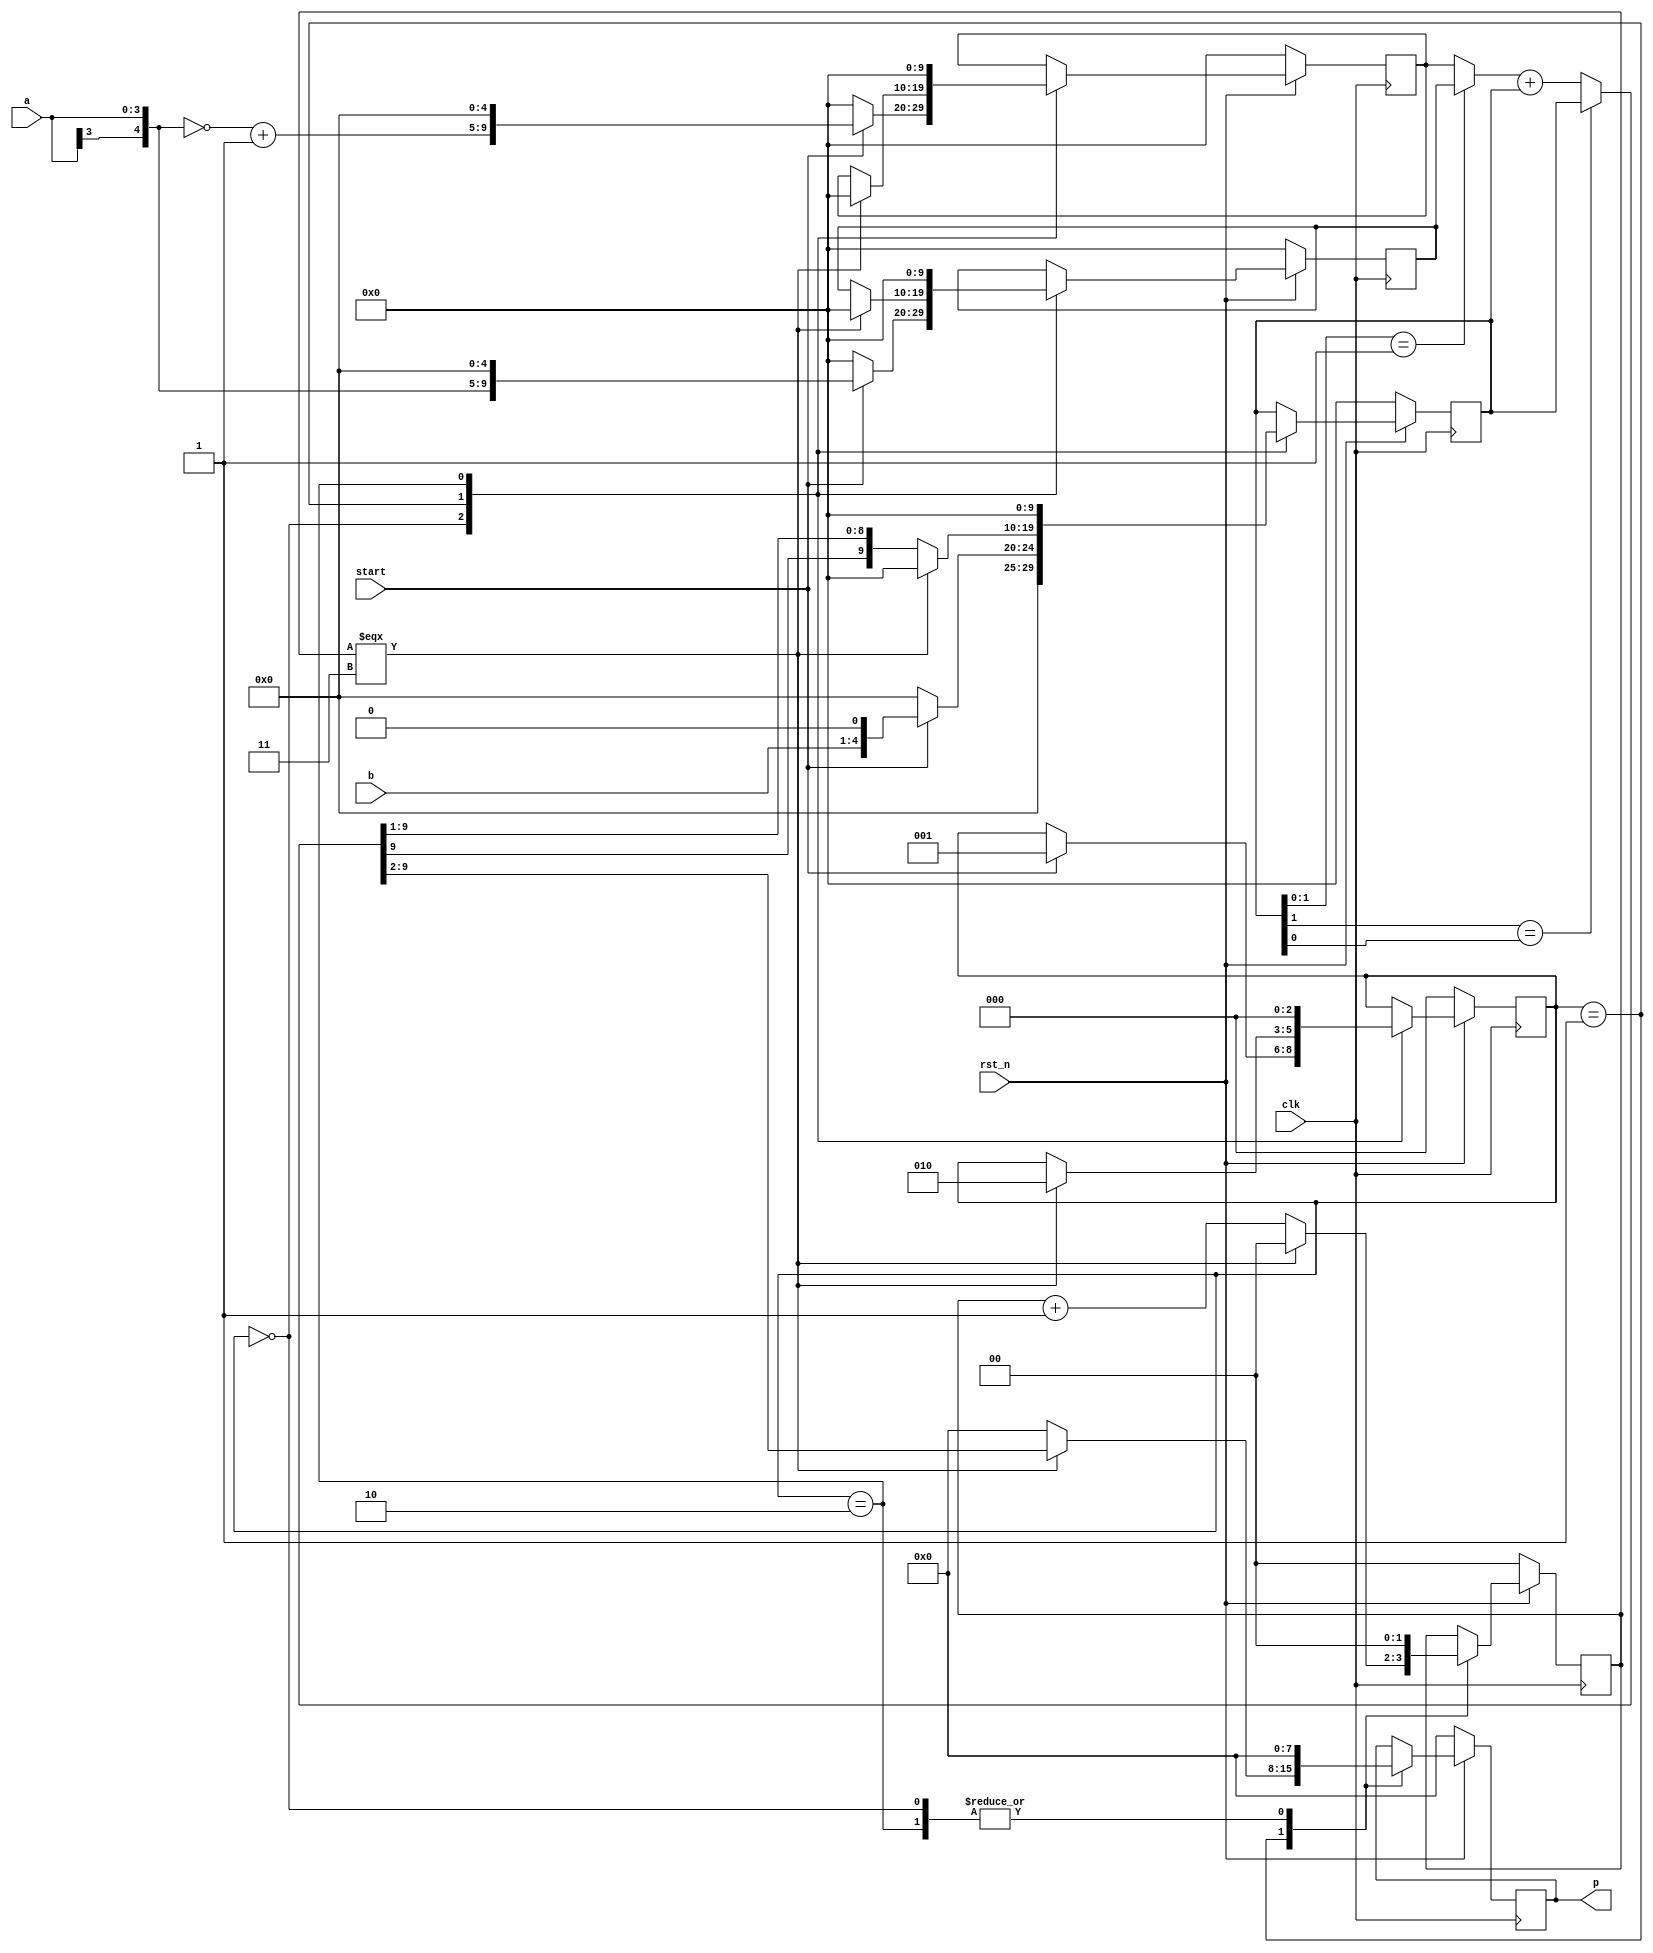
`timescale 1ns/1ps 

module Booth_Multiplier_4bit(
	input clk,
	input rst_n,
	input start,
	input signed [3:0] a,
	input signed [3:0] b,
	output reg signed [7:0] p
	//,output [9:0] debug // DEBUG purpose
	);
    
	parameter
	WAIT = 2'b00,
	CAL = 2'b01,
	FINISH = 2'b10;
    
    parameter m = 10;
    
	reg [8-1:0] next_p;
    
	reg [3-1:0] state;
	reg [3-1:0] next_state;
	
	reg [m-1:0] calc;
	reg [m-1:0] next_calc;
	
	reg [m-1:0] a_pos, a_neg;
	reg [m-1:0] next_a_pos, next_a_neg;
	
	reg [2-1:0] cyc;
	reg [2-1:0] next_cyc;
	
    //assign debug[m-1:0] = calc[m-1:0]; // DEBUG 
    
	always@(posedge clk)begin
		if(rst_n == 1'b0)begin
			state <= WAIT;
			p <= 8'd0;
			calc <= 8'd0;
			a_pos <= 10'd0;
			a_neg <= 10'd0;
			cyc <= 2'd0;
		end else begin
			state <= next_state;
			p <= next_p;
			calc <= next_calc;
			a_pos <= next_a_pos;
			a_neg <= next_a_neg;
			cyc <= next_cyc;
		end
	end
    
	wire [1:0] LSB_calc;

	wire [m-1:0] next_a_posneg, next_calc_unshifted, next_calc_shifted;
	assign next_a_posneg = (calc[1:0] == 2'b01) ? (a_pos) : (a_neg);
	assign next_calc_unshifted = (calc[1] == calc[0])? (calc) : (next_a_posneg + calc);
	assign next_calc_shifted = {next_calc_unshifted[m-1], next_calc_unshifted[m-1:1]};
    
	wire [4:0]a_5bits, neg_a_5bits;
	assign a_5bits = {a[3], a[3:0]};
	assign neg_a_5bits = (~(a_5bits)) + 5'b00001;
	
	always @(*)begin
		case(state)
		WAIT:begin
			if(start)begin 
				next_state = CAL;
				next_p = 8'd0;
				next_calc = {5'b0000, b, 1'b0};
				next_a_pos = {a_5bits, 5'b00000};
				next_a_neg = {neg_a_5bits, 5'b00000};
				next_cyc = 2'd0;
			end else begin
				next_state = state;
				next_p = 8'd0;
				next_calc = 10'd0;
				next_a_pos = 10'd0;
				next_a_neg = 10'd0;
				next_cyc = 2'd0;
			end
		end
		CAL:begin
			if(cyc === 2'd3)begin
				next_state = FINISH;
				next_p = next_calc_shifted[8:1];
				next_a_pos = 10'd0;
				next_a_neg = 10'd0;
				next_cyc = 2'd0;
				next_calc = 10'd0;
			end else begin
				next_state = state;
				next_p = 8'd0;
				next_calc = next_calc_shifted;
				next_a_pos = a_pos;
				next_a_neg = a_neg;
				next_cyc = cyc + 2'd1;
			end
		end
		FINISH:begin
			next_state = WAIT;
			next_p = 8'd0;
			next_calc = 10'd0;
			next_a_pos = 10'd0;
			next_a_neg = 10'd0;
			next_cyc = 2'd0;
		end
		default:begin
			next_state = state;
			next_p = p;
			next_calc = calc;
			next_a_pos = a_pos;
			next_a_neg = a_neg;
			next_cyc = cyc;
		end
		endcase
	end

endmodule


/*
`timescale 1ns/1ps 

module Booth_Multiplier_4bit(clk, rst_n, start, a, b, p);
input clk;
input rst_n; 
input start;
input signed [3:0] a, b;
output reg signed [7:0] p;

parameter
WAIT = 2'b00,
CAL = 2'b01,
FINISH = 2'b10;

reg [3:0] in_b;
reg [3:0] cycle_cnt;
reg [9:0] calc;
reg [2:0] state;
reg [8:0] add_neg, add_pos;
reg [3:0] negB;

always@(*)begin
    negB = ~in_b + 1'b1;
    add_neg = {negB + calc[8:5], calc[4:0]};
    add_pos = {in_b + calc[8:5], calc[4:0]};
end

always @(posedge clk)begin
    if(rst_n == 1'b0)begin
        state <= WAIT;
        cycle_cnt <= 1'b0;
    end
    else begin
        case(state)
        WAIT:begin
            if(start == 1'b1)begin 
                calc <= {4'b0000, a[3:0], 1'b0};
                in_b <= b;
                state <= CAL;
            end
            else begin
                calc <= 9'b0;
                in_b <= 1'b0;
                state <= WAIT;
            end
            cycle_cnt <= 1'b0;
            p <= 1'b0;
        end
        CAL:begin
            if(cycle_cnt == 4'd4)begin
                cycle_cnt <= 4'b0;
                state <= FINISH;
                p <= calc[8:1];
            end
            else begin
                //10 add b complement [0:3]
                if(calc[1:0] == 2'b10)begin 
                    calc <= {add_neg[8],add_neg[8:1]};
                end
                //01 add b to [3:0]
                else if(calc[1:0] == 2'b01)begin
                    calc <= {add_pos[8],add_pos[8:1]};
                end
                else begin
                    calc <= {calc[8],calc[8:1]};
                end
                //00 & 11
                cycle_cnt <= cycle_cnt + 1'b1;
                state <= CAL;
                p <= 1'b0;  
            end
        end
        FINISH:begin
            calc <= calc;
            in_b <= in_b;
            cycle_cnt <= 1'b0;
            state <= WAIT;
            p <= 1'b0;
        end
        endcase
    end
end



endmodule

*/